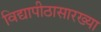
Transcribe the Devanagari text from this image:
विद्यापीठासारख्या